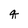
Character: q